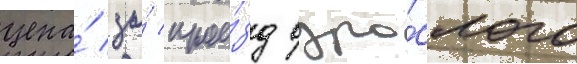
цена́ за́ прое́зд взро́слого